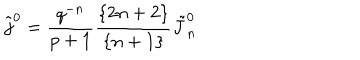
\tilde { j } ^ { 0 } = { \frac { q ^ { - n } } { p + 1 } } { \frac { \{ 2 n + 2 \} } { \{ n + 1 \} } } \tilde { J } _ { n } ^ { 0 }